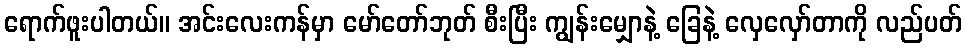
ရောက်ဖူးပါတယ်။ အင်းလေးကန်မှာ မော်တော်ဘုတ် စီးပြီး ကျွန်းမျှောနဲ့ ခြေနဲ့ လှေလှော်တာကို လည်ပတ်